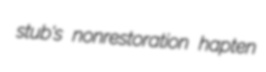
stub's nonrestoration hapten